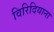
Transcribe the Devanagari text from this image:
विरिदियाना